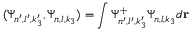
( \Psi _ { n ^ { \prime } , l ^ { \prime } , k _ { 3 } ^ { \prime } } , \Psi _ { n , l , k _ { 3 } } ) = \int \Psi _ { n ^ { \prime } , l ^ { \prime } , k _ { 3 } ^ { \prime } } ^ { + } \Psi _ { n , l , k _ { 3 } } d { \bf r }